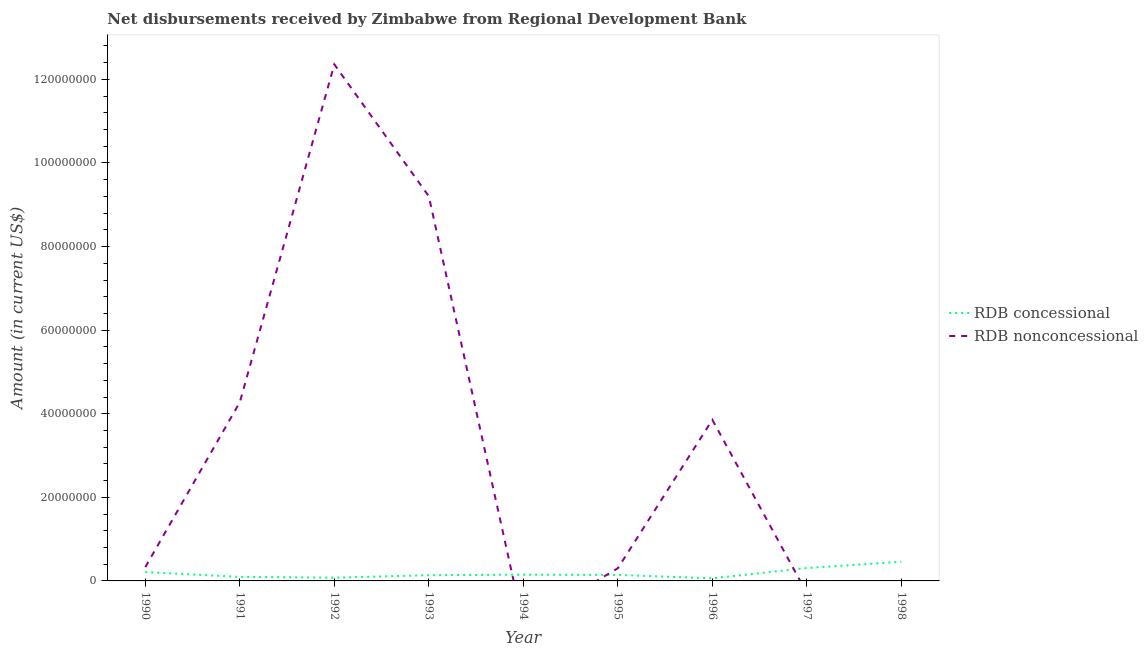
| Year | RDB concessional | RDB nonconcessional |
 | --- | --- | --- |
 | 1990 | 2.12e+06 | 3.3e+06 |
 | 1991 | 9.67e+05 | 4.27e+07 |
 | 1992 | 7.71e+05 | 1.24e+08 |
 | 1993 | 1.37e+06 | 9.2e+07 |
 | 1994 | 1.5e+06 | -1.05e+07 |
 | 1995 | 1.43e+06 | 3.04e+06 |
 | 1996 | 6.17e+05 | 3.86e+07 |
 | 1997 | 3.08e+06 | -2.92e+06 |
 | 1998 | 4.59e+06 | -1.77e+07 |